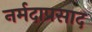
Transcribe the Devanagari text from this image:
नर्मदाप्रसाद